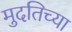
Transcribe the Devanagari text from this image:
मुदतिच्या